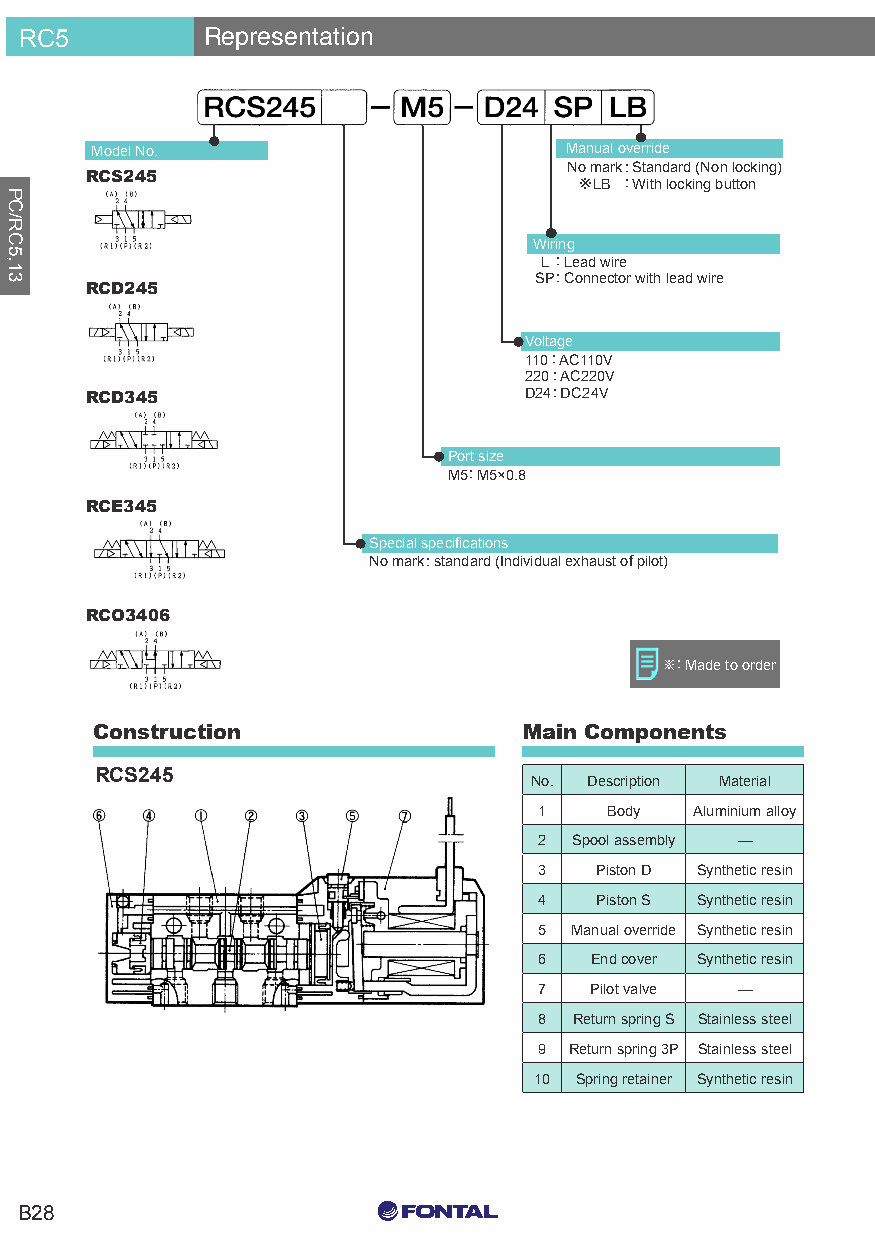
RC5         Representation
 Model No.                      Manual override
 No mark: Standard (Non locking)
 RCS245
 ※LB : With locking button
 Wiring
 L : Lead wire
 SP: Connector with lead wire
 RCD245
 Voltage
 110 : AC110V
 220 : AC220V
 RCD345                       D24: DC24V
 Port size
 M5: M5×0.8
 RCE345
 Special specifications
 No mark: standard (Individual exhaust of pilot)
 RCO3406
 ※: Made to order
 Construction                 Main Components
 RCS245
 No. Description Material
 1   Body  Aluminium alloy
 2 Spool assembly —
 3  Piston D Synthetic resin
 4  Piston S Synthetic resin
 5 Manual override Synthetic resin
 6  End cover Synthetic resin
 7  Pilot valve —
 8 Return spring S Stainless steel
 9 Return spring 3P Stainless steel
 10 Spring retainer Synthetic resin
 C0 M0 Y15 K15
 B28
 C0 M0 Y0 K100
 C0 M0 Y0 K0
 PC/RC5,13